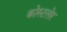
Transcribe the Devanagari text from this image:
कोस्टलेर